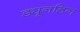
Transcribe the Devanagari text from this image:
ड्यूनडिन